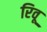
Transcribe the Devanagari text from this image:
रिवू